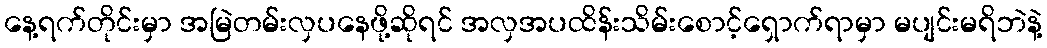
နေ့ရက်တိုင်းမှာ အမြဲတမ်းလှပနေဖို့ဆိုရင် အလှအပထိန်းသိမ်းစောင့်ရှောက်ရာမှာ မပျင်းမရိဘဲနဲ့